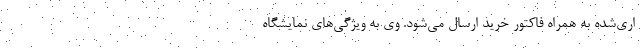
اری‌شده به همراه فاکتور خرید ارسال می‌شود. وی به ویژگی‌های نمایشگاه